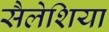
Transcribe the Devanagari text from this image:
सैलेशिया